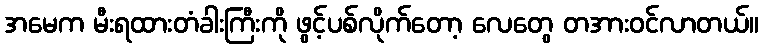
အမေက မီးရထားတံခါးကြီးကို ဖွင့်ပစ်လိုက်တော့ လေတွေ တအားဝင်လာတယ်။